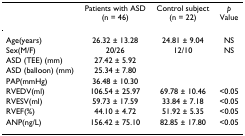
<table><thead><tr><td></td><td><b>Patients with ASD(n = 46)</b></td><td><b>Control subject (n = 22)</b></td><td><b><i>p </i>Value</b></td></tr></thead><tbody><tr><td>Age(years)</td><td>26.32 ± 13.28</td><td>24.81 ± 9.04</td><td>NS</td></tr><tr><td>Sex(M/F)</td><td>20/26</td><td>12/10</td><td>NS</td></tr><tr><td>ASD (TEE) (mm)</td><td>27.42 ± 5.92</td><td></td><td></td></tr><tr><td>ASD (balloon) (mm)</td><td>25.34 ± 7.80</td><td></td><td></td></tr><tr><td>PAP(mmHg)</td><td>36.48 ± 10.30</td><td></td><td></td></tr><tr><td>RVEDV(ml)</td><td>106.54 ± 25.97</td><td>69.78 ± 10.46</td><td>&lt;0.05</td></tr><tr><td>RVESV(ml)</td><td>59.73 ± 17.59</td><td>33.84 ± 7.18</td><td>&lt;0.05</td></tr><tr><td>RVEF(%)</td><td>44.10 ± 4.72</td><td>51.92 ± 5.35</td><td>&lt;0.05</td></tr><tr><td>ANP(ng/L)</td><td>156.42 ± 75.10</td><td>82.85 ± 17.80</td><td>&lt;0.05</td></tr></tbody></table>